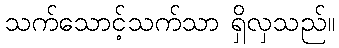
သက်သောင့်သက်သာ ရှိလှသည်။